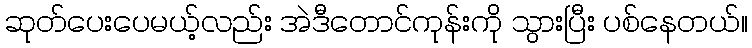
ဆုတ်ပေးပေမယ့်လည်း အဲဒီတောင်ကုန်းကို သွားပြီး ပစ်နေတယ်။